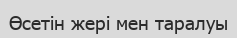
Өсетін жері мен таралуы